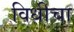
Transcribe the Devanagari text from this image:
विधीचा